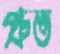
প্রুভ